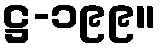
ဋ္ဌ-၁၉၉။